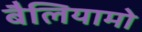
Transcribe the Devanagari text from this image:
बैलियामो